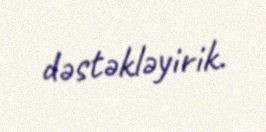
dəstəkləyirik.